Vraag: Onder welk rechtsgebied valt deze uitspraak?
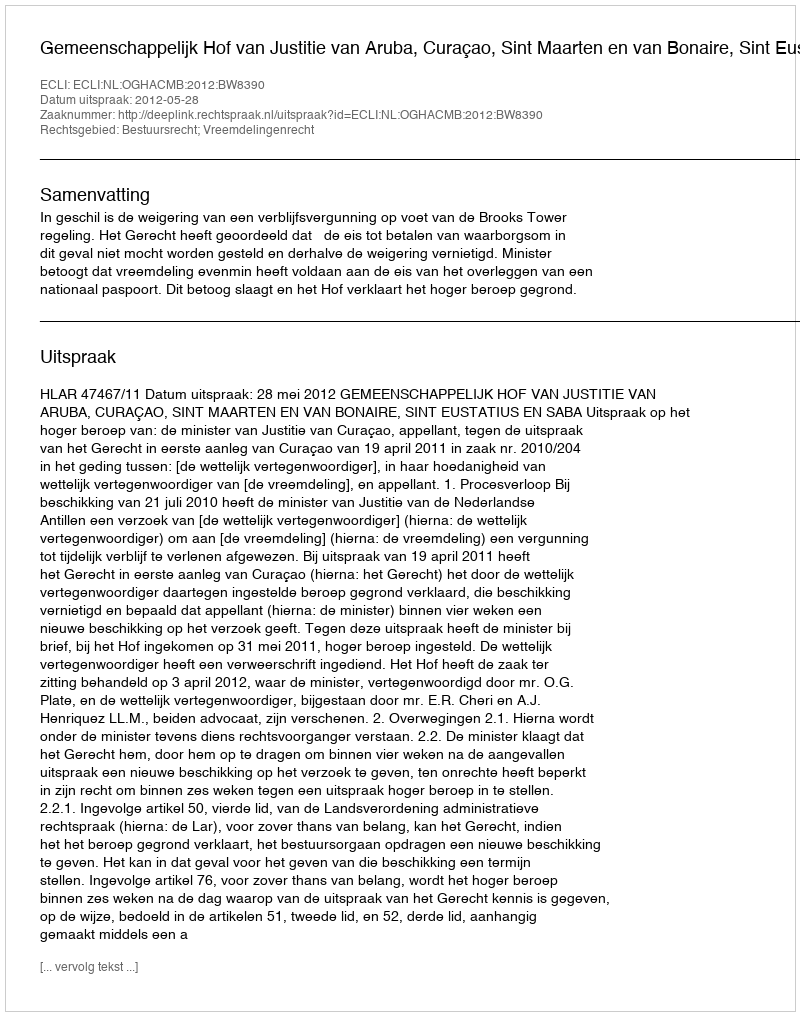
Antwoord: Bestuursrecht; Vreemdelingenrecht